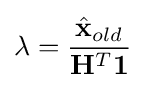
\lambda ={\frac {{\hat {\mathbf {x} }}_{old}}{\mathbf {H} ^{T}\mathbf {1} }}